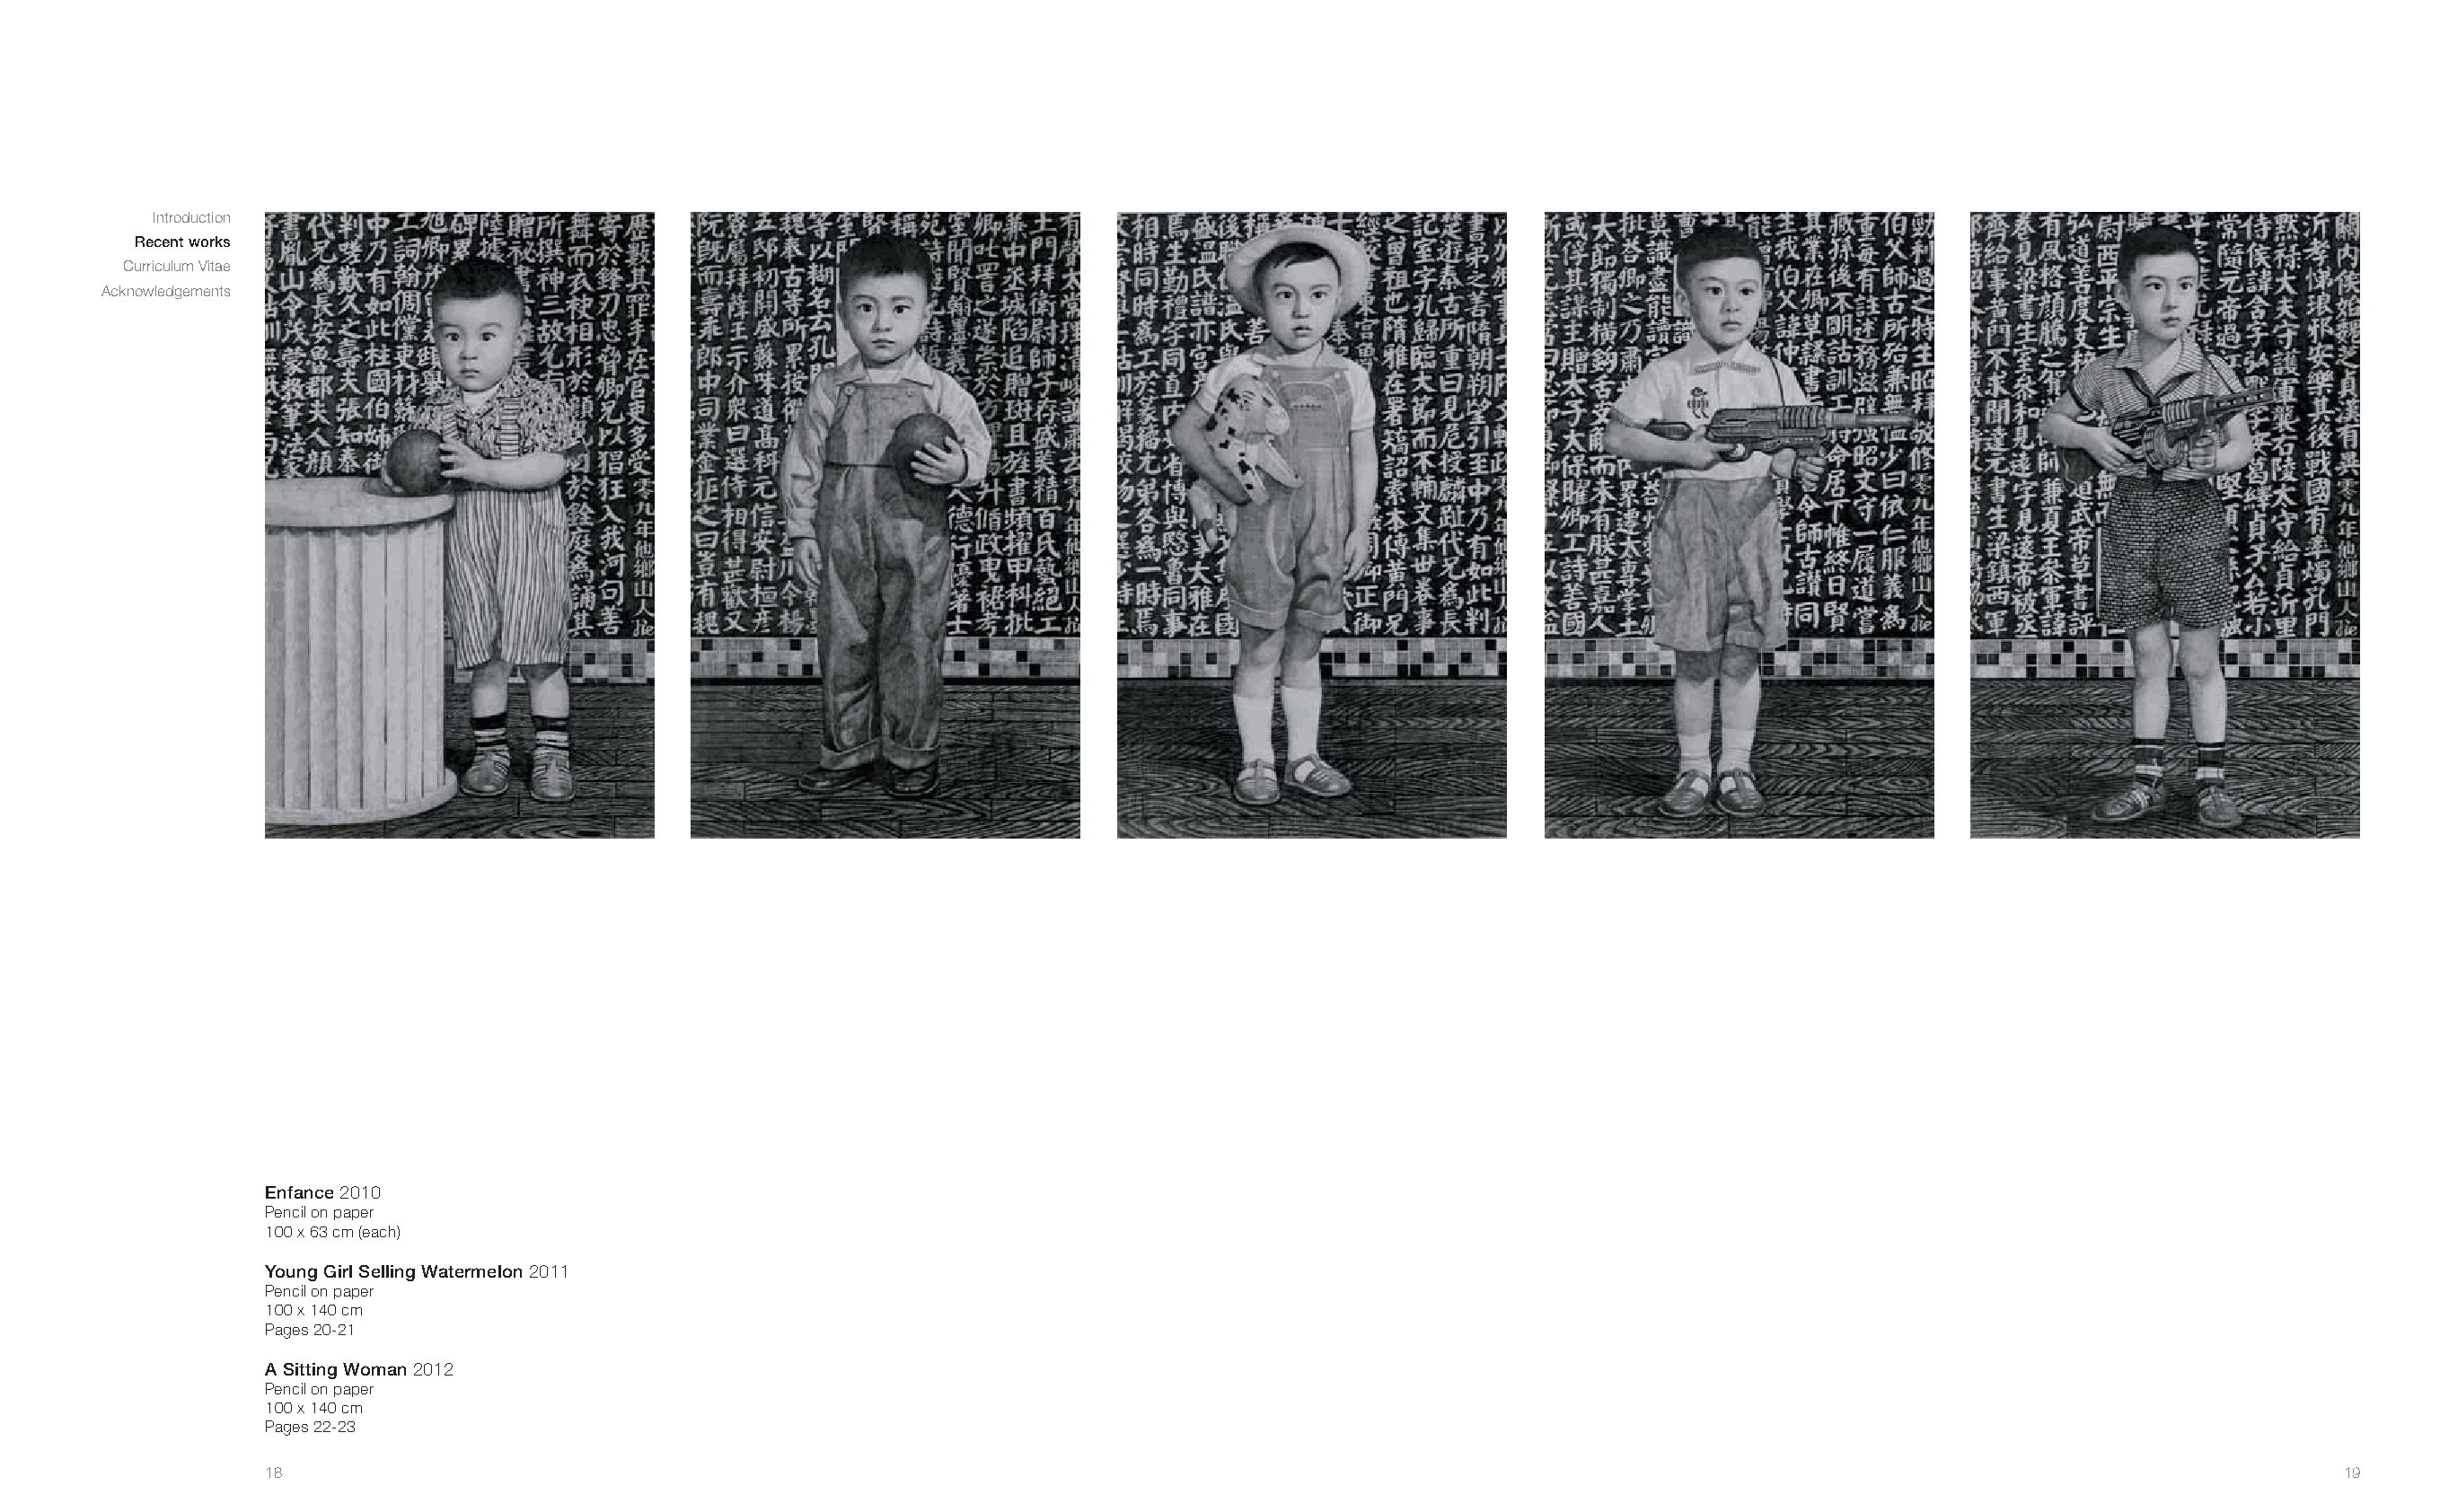
Introduction
 Recent works
 Curriculum Vitae
 Acknowledgements
 Enfance 2010
 Pencil on paper
 100 x 63 cm (each)
 Young Girl Selling Watermelon 2011
 Pencil on paper
 100 x 140 cm
 Pages 20-21
 A Sitting Woman 2012
 Pencil on paper
 100 x 140 cm
 Pages 22-23
 18                                                                                                                                                       19